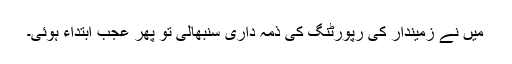
میں نے زمیندار کی رپورٹنگ کی ذمہ داری سنبھالی تو پھر عجب ابتداء ہوئی۔